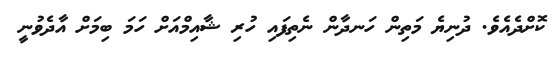
ކޮށްދެއެވެ. ދުނިޔެ މަތިން ހަނދާން ނެތިފައި ހުރި ޝާއިމްއަށް ހަމަ ބިމަށް އާދެވުނީ